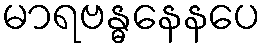
မာရဗန္ဓနေနပေ